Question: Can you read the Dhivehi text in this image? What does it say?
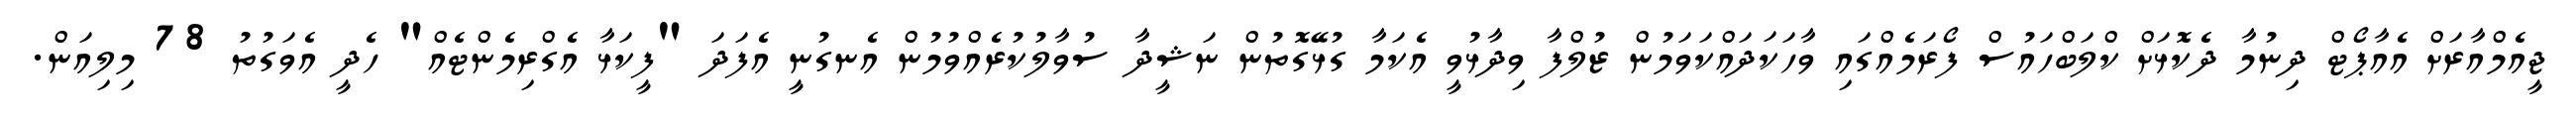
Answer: ޖީއެމްއާރަށް އެއާޕޯޓް ދިނުމާ ދެކޮޅަށް ކްލަބްހައުސް ފޯރަމެއްގައި ވާހަކަދައްކަވަމުން ޒުލްފާ ވިދާޅުވީ އެކަމާ ގުޅޭގޮތުން ނަޝީދާ ސުވާލުކުރެއްވުމުން އެނގުނީ އެފަދަ "ފީކަޅާ އެގްރިމެންޓެއް" ހެދީ އެވަގުތު 78 މިލިއަން.